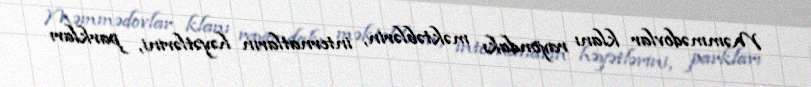
Məmmədovlar klanı rayondakı məktəblərin, internatların həyətlərini, parkları